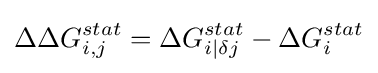
\Delta \Delta G_{i,j}^{stat}=\Delta G_{i|\delta j}^{stat}-\Delta G_{i}^{stat}